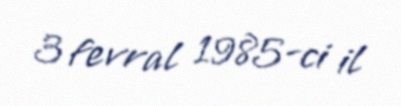
3 fevral 1985-ci il